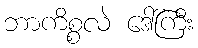
ဘာကိစ္စလဲ ဒေါ်ကြီး